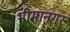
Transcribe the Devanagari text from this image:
भीमानगर